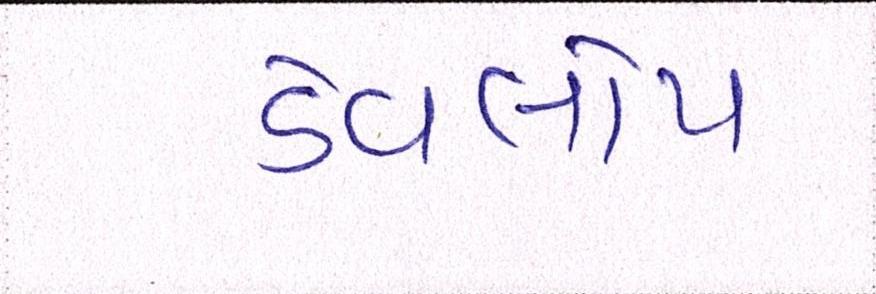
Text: ડેવલોપ